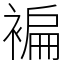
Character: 褊